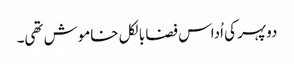
دوپہر کی اُداس فضا بالکل خاموش تھی۔